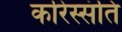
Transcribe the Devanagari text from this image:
करिस्संति